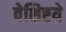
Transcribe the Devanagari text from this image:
वेशिष्टये